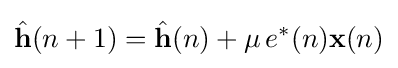
{\hat {\mathbf {h} }}(n+1)={\hat {\mathbf {h} }}(n)+\mu \,e^{*}(n)\mathbf {x} (n)